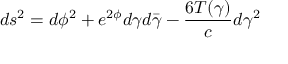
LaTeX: d s ^ { 2 } = d \phi ^ { 2 } + e ^ { 2 \phi } d \gamma d \bar { \gamma } - { \frac { 6 T ( \gamma ) } { c } } d \gamma ^ { 2 }